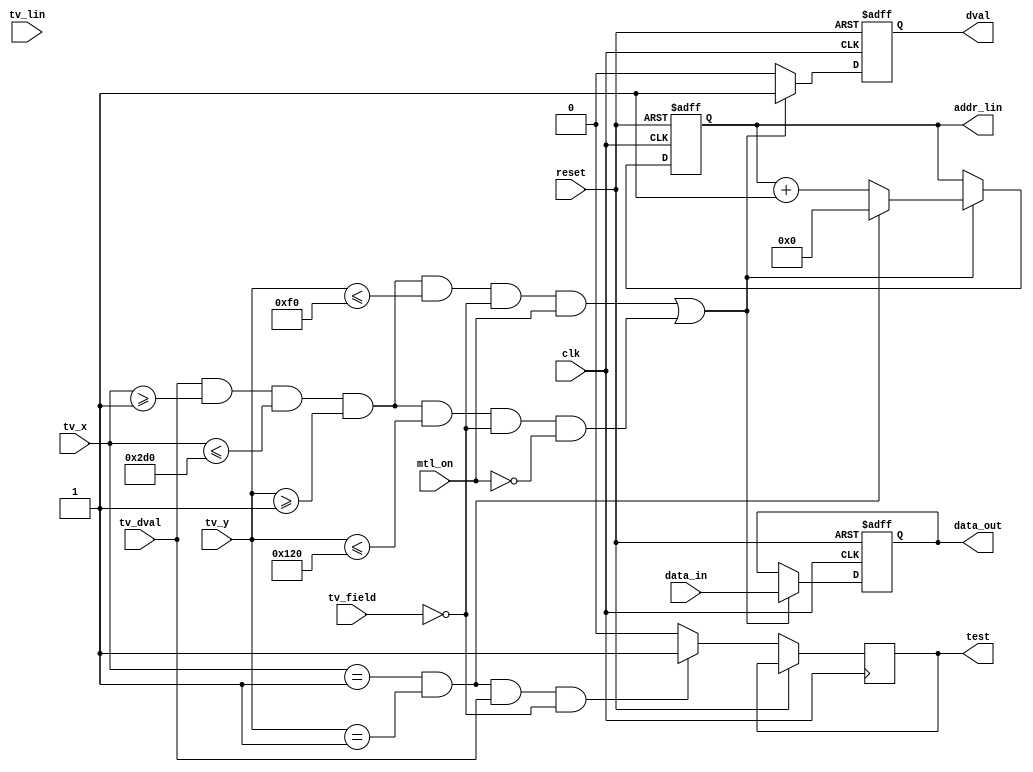
module TV_720x480_EN(
	input wire clk,
	input wire reset,	

	input wire tv_field,
	input wire [20:0]tv_lin,
	input wire tv_dval,
	input wire [9:0]tv_x,
	input wire [9:0]tv_y,
	input wire [15:0]data_in,	
	input wire mtl_on,
	output reg [20:0]addr_lin,
	output reg[15:0]data_out,	
	output reg dval,
	output reg test
	);


always @(posedge clk or posedge reset)
	if(reset) 
	begin		
		dval <= 0;
		addr_lin <= 0;
		data_out <= 0;
	end 
	else begin	
	
		test <= 0;
	
		if((tv_x == 1)&&(tv_y ==1)&&(tv_dval == 1)&&(tv_field == 0))
		begin
			test <= 1;
		
		end

//	
		if((((tv_dval)&&(tv_x >= 1)&&(tv_x <= 720)&&(tv_y >= 1)&&(tv_y <= 240)&&(tv_field == 0))&&(mtl_on == 1))||
		(((tv_dval)&&(tv_x >= 1)&&(tv_x <= 720)&&(tv_y >= 1)&&(tv_y <= 288)&&(tv_field == 0))&&(mtl_on == 0)))
		begin
		
			data_out <= data_in;
			dval <= 1;
			addr_lin <= addr_lin + 1;	
			
			if((tv_x == 1)&&(tv_y ==1))
				addr_lin <= 0;
		end
		else begin
			dval <= 0;
		end

	
	
//		if((tv_dval)&&((tv_lin >= (720*48 - 1))&&(tv_lin <= (720*(48 + 480)- 1))))
//		begin
//		
//			dval <= 1;
//			//addr_lin <= tv_lin - (720*48 - 1);	
//			
//		end
//		else begin
//			dval <= 0;
//		end
		
	end //else reset
endmodule